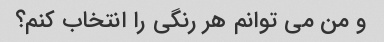
و من می توانم هر رنگی را انتخاب کنم؟